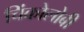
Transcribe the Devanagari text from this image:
चिंकोलोबी